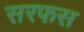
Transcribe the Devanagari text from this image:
सरफस